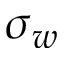
\sigma _ { w }